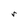
Character: r